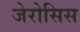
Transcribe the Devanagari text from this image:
जेरोसिस